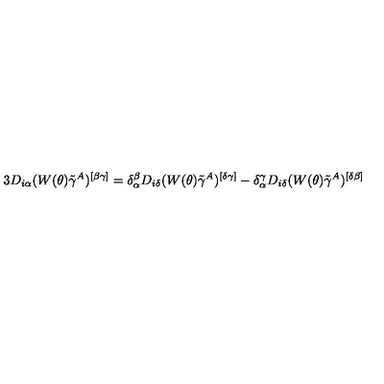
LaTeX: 3 D _ { i \alpha } ( W ( \theta ) \tilde { \gamma } ^ { A } ) ^ { [ \beta \gamma ] } = \delta _ { \alpha } ^ { \beta } D _ { i \delta } ( W ( \theta ) \tilde { \gamma } ^ { A } ) ^ { [ \delta \gamma ] } - \delta _ { \alpha } ^ { \gamma } D _ { i \delta } ( W ( \theta ) \tilde { \gamma } ^ { A } ) ^ { [ \delta \beta ] }